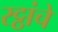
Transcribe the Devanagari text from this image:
रट्ठांचे